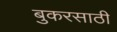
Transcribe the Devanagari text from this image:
बुकरसाठी